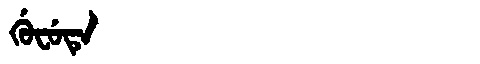
Manchu: ᡤᡠᠸᡠᡨᡝ
Romanization: GUFUTE